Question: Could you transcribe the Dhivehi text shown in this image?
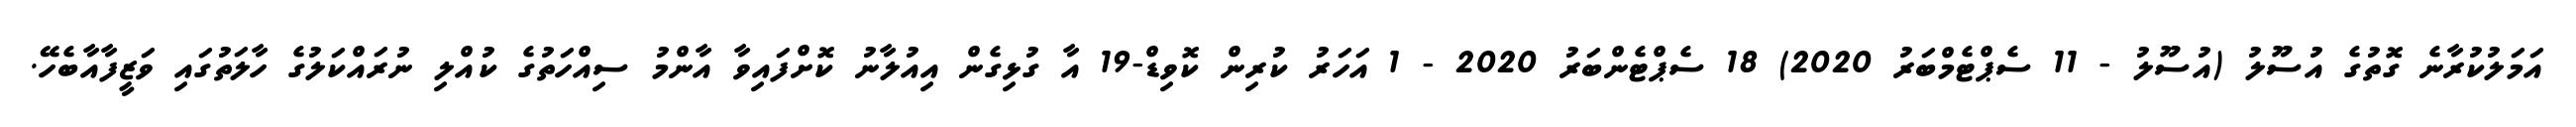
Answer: އަމަލުކުރާނެ ގޮތުގެ އުސޫލު (އުސޫލު - 11 ސެޕްޓެމްބަރު 2020) 18 ސެޕްޓެންބަރު 2020 - 1 އަހަރު ކުރިން ކޮވިޑް-19 އާ ގުޅިގެން އިއުލާނު ކޮށްފައިވާ އާންމު ސިއްހަތުގެ ކުއްލި ނުރައްކަލުގެ ހާލަތުގައި ވަޒީފާއާބެހޭ.